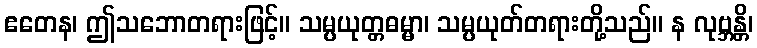
ဧတေန၊ ဤသဘောတရားဖြင့်။ သမ္ပယုတ္တဓမ္မာ၊ သမ္ပယုတ်တရားတို့သည်။ န လုဗ္ဘန္တိ၊